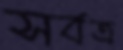
সর্বত্র